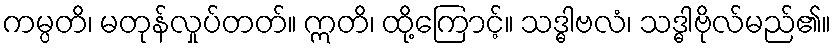
ကမ္ပတိ၊ မတုန်လှုပ်တတ်။ ဣတိ၊ ထို့ကြောင့်။ သဒ္ဓါဗလံ၊ သဒ္ဓါဗိုလ်မည်၏။